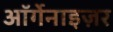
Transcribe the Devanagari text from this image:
ऑर्गेनाइज़र